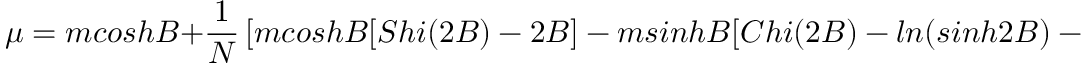
\mu = m c o s h B + \frac { 1 } { N } \left[ m c o s h B [ S h i ( 2 B ) - 2 B ] - m s i n h B [ C h i ( 2 B ) - l n ( s i n h 2 B ) - \gamma ] \right]